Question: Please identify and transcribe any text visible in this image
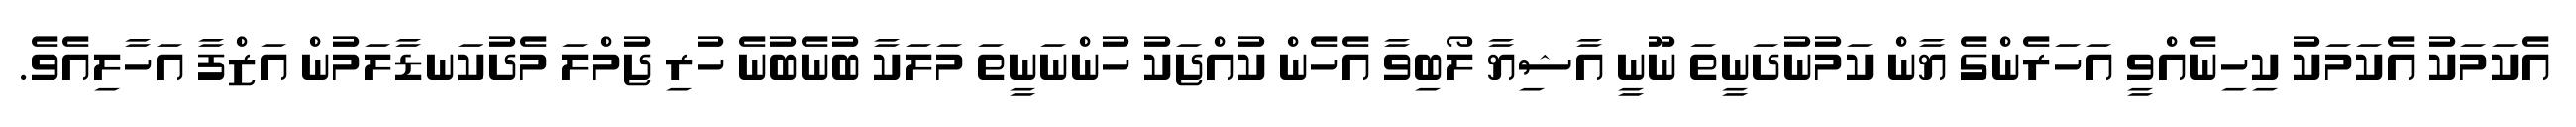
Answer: އެކަމަކު އެކަމަކު ކިހިނެއްވީ އަހަރެންގެ ޔާން ކަމުނުދަނީތަ ނޫނީ އާޝިޔާ ލޯބިވާ އެހެން ކުއްޖަކު ހުންނަނީތަ މަލަކާ ބުނެބުނެ ހުރި ޖުމްލަ މެދުކަނޑާލަމުން އަޒްފާ އަހާލިއެވެ.